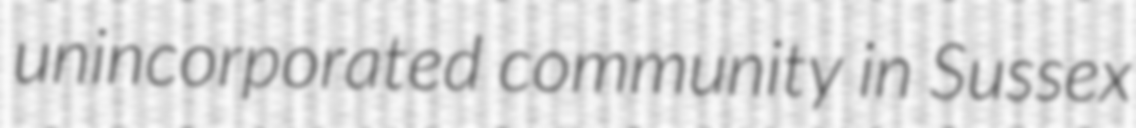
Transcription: unincorporated community in Sussex